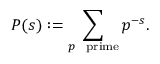
P ( s ) : = \sum _ { p \ { \mathrm { ~ p r i m e } } } p ^ { - s } .